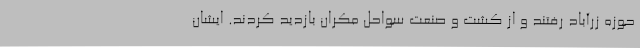
حوزه زرآباد رفتند و از کشت و صنعت سواحل مکران بازدید کردند. ایشان